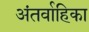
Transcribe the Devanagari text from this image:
अंतर्वाहिका